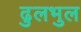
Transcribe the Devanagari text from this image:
ढुलभुल